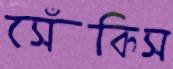
সেঁকিস